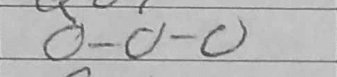
Transcription: O-O-O